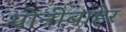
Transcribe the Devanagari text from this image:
योनीबाहेर